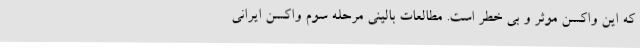
که این واکسن موثر و بی خطر است. مطالعات بالینی مرحله سوم واکسن ایرانی